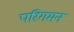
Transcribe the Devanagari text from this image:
परिगमन